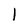
Character: 1